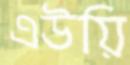
এউয়ি